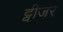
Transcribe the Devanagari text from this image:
ट्वीजर